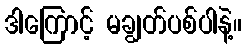
ဒါကြောင့် မချွတ်ပစ်ပါနဲ့။